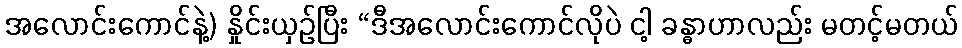
အလောင်းကောင်နဲ့) နှိုင်းယှဉ်ပြီး “ဒီအလောင်းကောင်လိုပဲ ငါ့ ခန္ဓာဟာလည်း မတင့်မတယ်